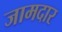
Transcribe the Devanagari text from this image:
जामदार